Cholera in India, 1862 to 1881
Year: 1862
Disease focus: Cholera
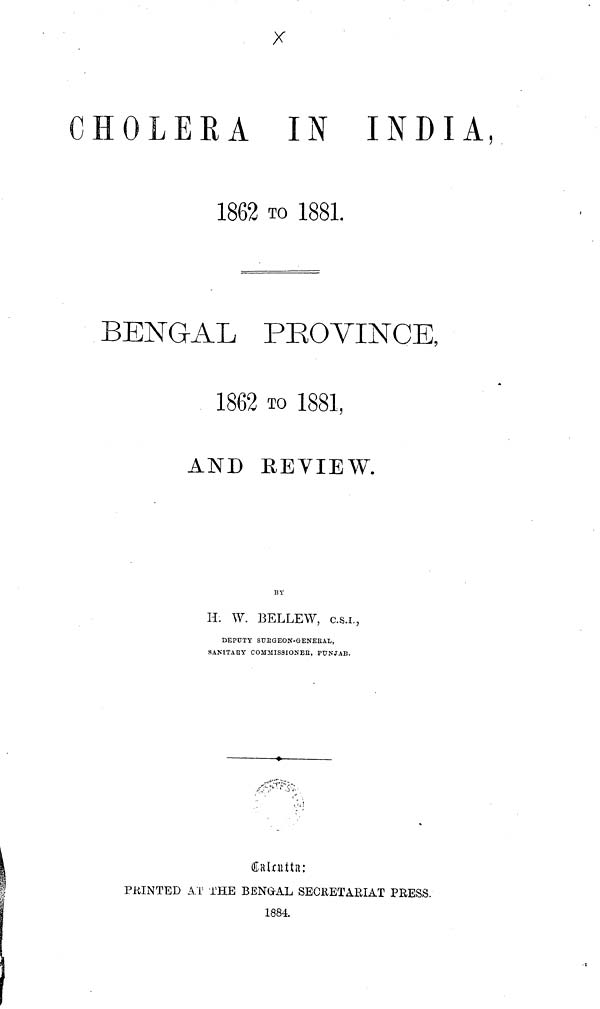
CHOLERA IN INDIA
1862 TO 1881.
BENGAL PROVINCE,
1862 TO 1881,
AND REVIEW.
H. W. BELLEW, C.S.I.,
BEPUTY STJEGEON-GENEBAL,
SANITARY COMMISSIONER, PUNJAB.
Calcutta:
PRINTED AT THE BENGAL SECRETARIAT PRESS.
1884.